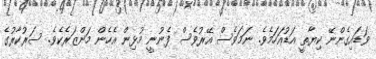
ވަޑައިގެންނޭ ކިޔާތީ އަޑުއަހަމެވެ. ނަމަވެސް އޭރުވެސް ފެނުނީ މުޅިން އެހެން މަންޒަރެކެވެ. ސަރުކާރުގެ